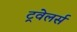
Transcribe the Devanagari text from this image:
ट्रवेलर्स